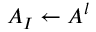
A _ { I } \leftarrow A ^ { l }